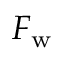
F _ { \mathrm { w } }